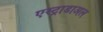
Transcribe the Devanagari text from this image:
एस्ट्राडाअल